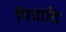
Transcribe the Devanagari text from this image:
पित्रादि